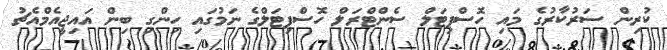
ކުރިން ސަރުކާރުގެ މައި ހޮސްޕިޓަލް ސެންޓްރަލް ހޮސްޕިޓަލްގެ ނަމުގައި ހިންގި ބިން އައިޖީއެމްއެޗު